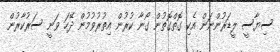
ސިޔާސީ ލީޑަރުންނަން އެކި ގޮތްގޮތުން ގޯނާ ކުރުން އިތުރުވުމުން ދޭހަ ވަނީ ސަރުކާރުން